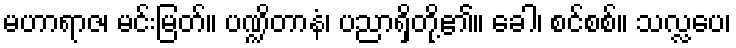
မဟာရာဇ၊ မင်းမြတ်။ ပဏ္ဍိတာနံ၊ ပညာရှိတို့၏။ ခေါ၊ စင်စစ်။ သလ္လပေ၊